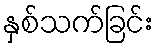
နှစ်သက်ခြင်း